Papers set at the Examination for Leaving Certificates, 1893
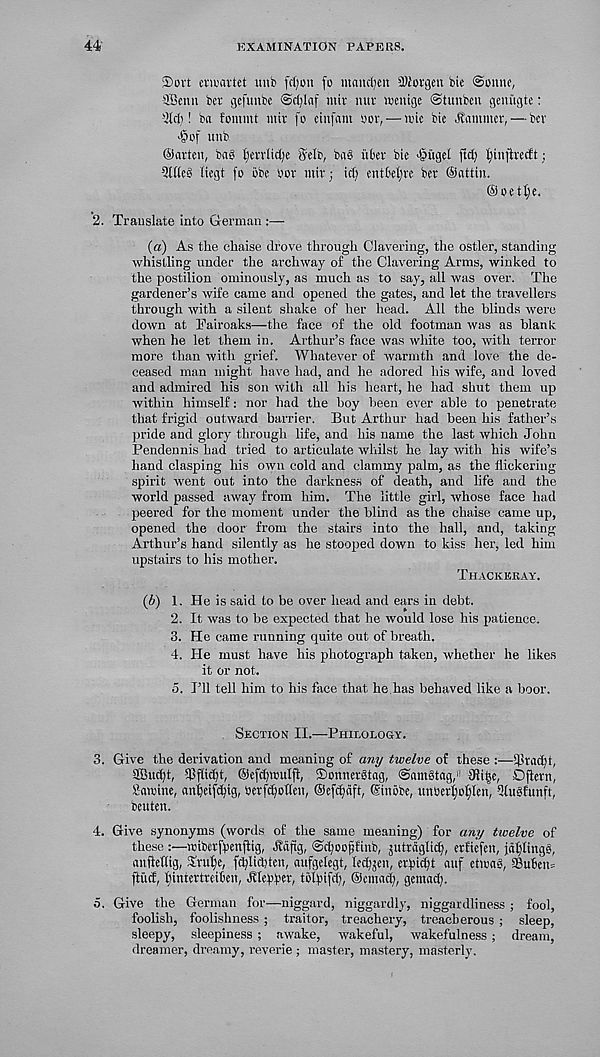
44'
EXAMINATION PAPERS.
S>oi't enuavtct unb fc()on fo inancljen SDiorgen bie @onnc,
SBenn bcv gefunbc ©cfylaf ntir nur wenige ©tunbcn geni'tgte:
5 2tct)! ba fonunt miv fo einfam yor, — wic btc hammer, — ber
>§of unb
©aiteii, bag ^evrltdje SelE 1 , bag ubev bic >§ugel jtd) I)injirec£t;
2K(eg liegt fo obe bor mir; id) entM)rc ber ©attiu.
©oet£)e.
2. Translate into German :—
(а) As the chaise drove through Clavering, the ostler, standing
whistling under the archway of the Clavering Arms, winked to
the postilion ominously, as much as to say, all was over. The
gardener’s wife came and opened the gates, and let the travellers
through with a silent shake of her head. All the blinds were
down at Fairoaks—the face of the old footman was as blank
when he let them in. Arthur’s face was white too, with terror
more than with grief. Whatever of warmth and love the de-
ceased man might have had, and he adored Ids wife, and loved
and admired his son with all his heart, he had shut them up
within himself: nor had the hoy been ever able to penetrate
that frigid outward barrier. But Arthur had been his father’s
pride and glory through life, and his name the last which John
Pendennis had tried to articulate whilst he lay with his wife’s
hand clasping his own cold and clammy palm, as the flickering
spirit went out into the darkness of death, and life and the
world passed away from him. The little girl, whose face had
peered for the moment under the blind as the chaise came up,
opened the door from the stairs into the hall, and, taking
Arthur’s hand silently as he stooped down to kiss her, led him
upstairs to his mother.
Thackeray.
(б) 1. He is said to be over head and ears in debt.
2. It was to be expected that he would lose his patience,
3. He came running quite out of breath.
4. He must have his photograph taken, whether he likes
it or not.
o. I’ll tell him to his face that he.has behaved like a boor.
Section II.—Philology.
3. Give the derivation and meaning of any twelve of these :—'4-U'ad)t,
28ucf)t, SPflidjt, ©efcfpuulfi, ©onnefStag, ©arngtag/ 31t|e, Oflern,
Sawine, anljeifcf)ig, betfdjoflen, ©efcpft, ©n&be, unbetijofjlen, Ulitgfunft,
beuten.
4. Give synonyms (words of the same meaning) for any twelve of
these :—TCtberjpenflig, JJdftg, ©djooptnb, juttdglid), etfiefen, jdtjlinge,
anftetlig, Xrufje, fct)lid)tcn, aufgelegt, led^en, ctpicfyt auf etwag, Subcm
ftiid, Ijintertmben, Jttepl'er, tiityifcf), ©cniacf), gemad).
5. Give the German for—niggard, niggardly, niggardliness ; fool,
foolish, foolishness ; traitor, treachery, treacherous ; sleep,
sleepy, sleepiness ; awake, wakeful, wakefulness ; dream,
dreamer, dreamy, reverie ; master, mastery, masterly.